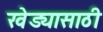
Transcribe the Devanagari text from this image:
खेड्यासाठी